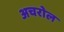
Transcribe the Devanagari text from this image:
अचरोल